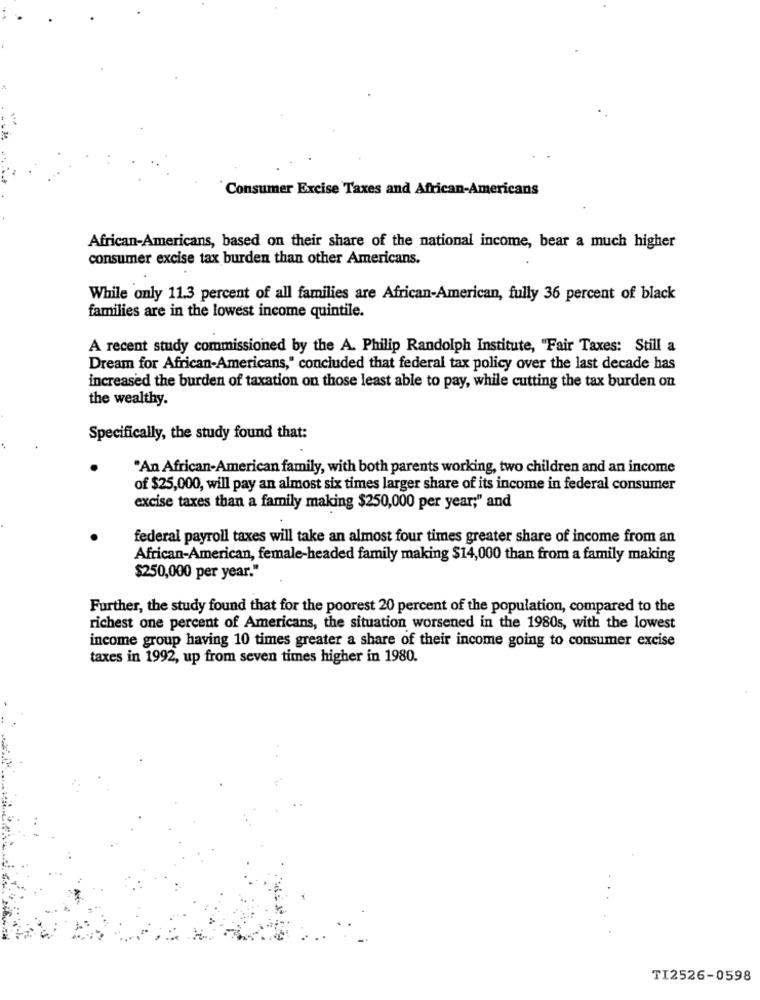
Consumer Excise Taxes and African-Americans
African-Americans, based on their share of the national income, bear a much higher
consumer excise tax burden than other Americans.
While only 11.3 percent of all families are African-American, fully 36 percent of black
families are in the lowest income quintile.
A recent study commissioned by the A. Philip Randolph Institute, "Fair Taxes: Still a
Dream for African-Americans," concluded that federal tax policy over the last decade has
increased the burden of taxation on those least able to pay, while cutting the tax burden on
the wealthy.
Specifically, the study found that:
"An African-American family, with both parents working, two children and an income
of $25,000, will pay an almost six times larger share of its income in federal consumer
excise taxes than a family making $250,000 per year;" and
federal payroll taxes will take an almost four times greater share of income from an
African-American, female-headed family making $14,000 than from a family making
$250,000 per year."
Further, the study found that for the poorest 20 percent of the population, compared to the
richest one percent of Americans, the situation worsened in the 1980s, with the lowest
income group having 10 times greater a share of their income going to consumer excise
taxes in 1992, up from seven times higher in 1980.
TI2526-0598